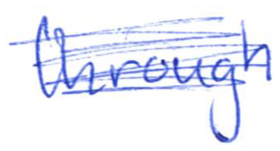
Text: through
Cross-out: scratch
Writing tool: ballpoint